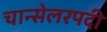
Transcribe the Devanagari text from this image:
चान्सेलरपदी